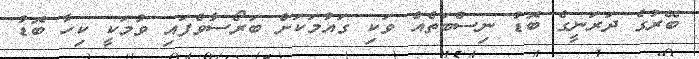
ބޭރުގެ ދަރަނީގެ ބޮޑު ނިސްބަތެއް ވަކި ގައުމަކަށް ބަރޯސާވެފައި ވުމަކީ ކިހާ ބޮޑު